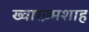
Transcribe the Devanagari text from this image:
ख्वारज़्मशाह